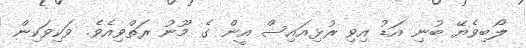
ލޯބިވެޔޭ ބުނި އަޑު އިވި ރުޅިއައިސް އީން ގެ މޫނު ރަތްވިއެވެ. ވަކިވަކިން